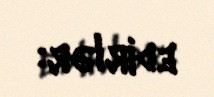
edirlər: عَلِىٌّ مَعَ الْحَقِّ وَ الْحَقُّ مَعَ عَلِىٍّ لَنْ یَفْتَرِقَا حَتَّى